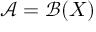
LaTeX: { \mathcal { A } } = { \mathcal { B } } ( X )